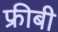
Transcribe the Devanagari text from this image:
फ्रीबी